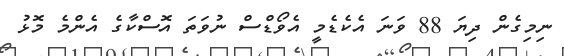
ނިމިގެން ދިޔަ 88 ވަނަ އެކެޑެމީ އެވޯޑްސް ނުވަތަ އޮސްކާގެ އެންމެ މޮޅު